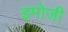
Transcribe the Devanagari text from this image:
इमोजी